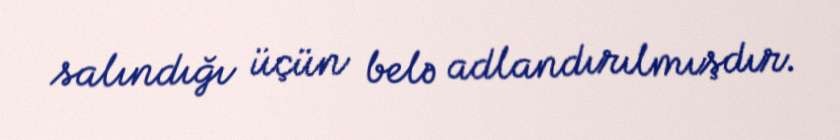
salındığı üçün belə adlandırılmışdır.